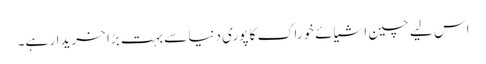
اس لیے چین اشیائے خوراک کا پوری دنیا سے بہت بڑا خریدار ہے۔